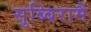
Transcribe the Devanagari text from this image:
सुब्बिरामै